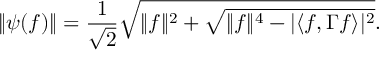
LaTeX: \| \psi ( f ) \| = \frac { 1 } { \sqrt { 2 } } \sqrt { \| f \| ^ { 2 } + \sqrt { \| f \| ^ { 4 } - | \langle f , \Gamma f \rangle | ^ { 2 } } } .